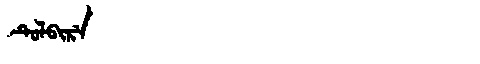
Manchu: ᡨᡠᠯᠪᡳᡵᡝ
Romanization: TULBIRE